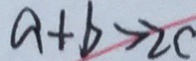
a + b > 2 c